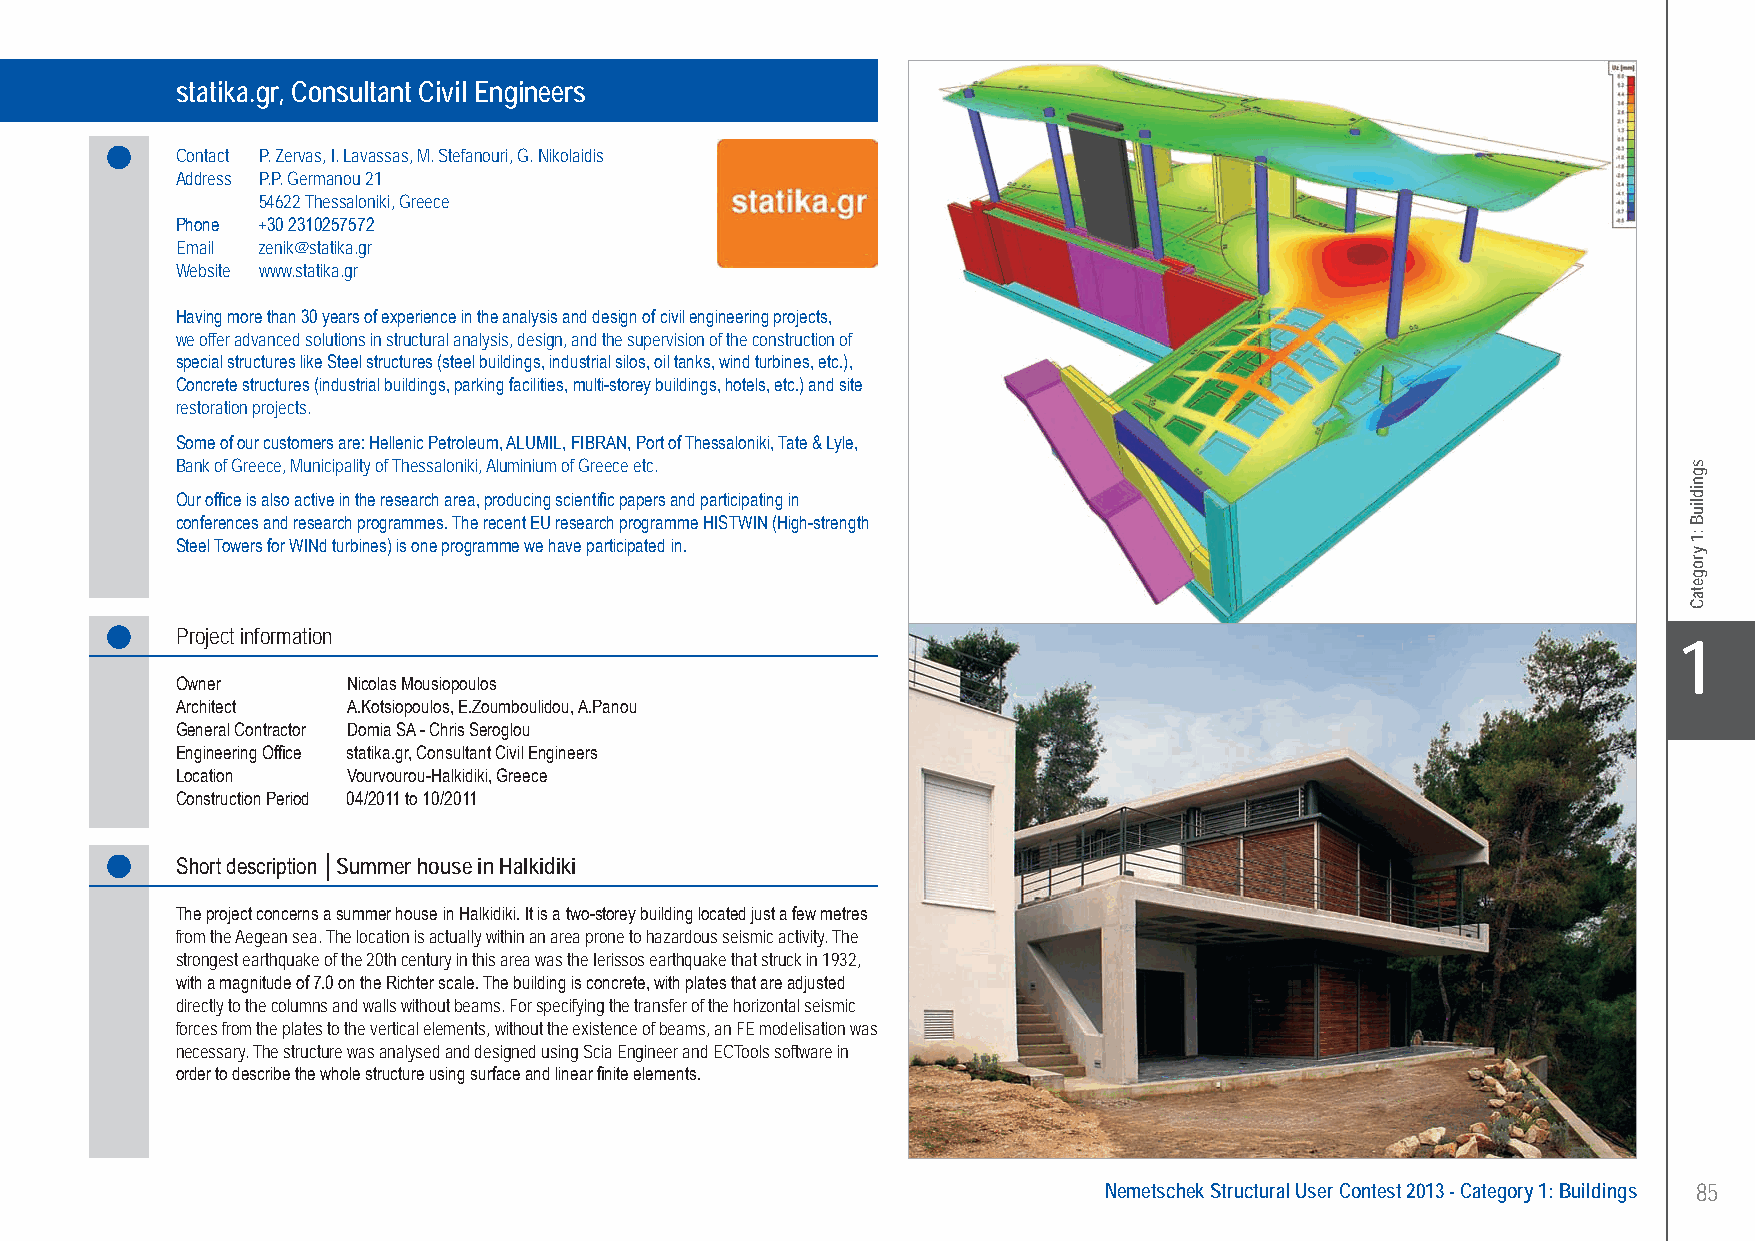
statika.gr, Consultant Civil Engineers Summer House - Vourvourou-Halkidiki, Greece
 statika.gr, Consultant Civil Engineers
 Contact P. Zervas, I. Lavassas, M. Stefanouri, G. Nikolaidis
 Address P.P. Germanou 21
 54622 Thessaloniki, Greece
 Phone +30 2310257572
 Email zenik@statika.gr
 Website www.statika.gr
 Having more than 30 years of experience in the analysis and design of civil engineering projects,
 we offer advanced solutions in structural analysis, design, and the supervision of the construction of
 special structures like Steel structures (steel buildings, industrial silos, oil tanks, wind turbines, etc.),
 Concrete structures (industrial buildings, parking facilities, multi-storey buildings, hotels, etc.) and site
 restoration projects.
 Some of our customers are: Hellenic Petroleum, ALUMIL, FIBRAN, Port of Thessaloniki, Tate & Lyle,
 Bank of Greece, Municipality of Thessaloniki, Aluminium of Greece etc.
 Our office is also active in the research area, producing scientific papers and participating in
 conferences and research programmes. The recent EU research programme HISTWIN (High-strength
 Steel Towers for WINd turbines) is one programme we have participated in.
 Project information
 X1
 Owner      Nicolas Mousiopoulos
 Architect  A.Kotsiopoulos, E.Zoumboulidou, A.Panou
 General Contractor Domia SA - Chris Seroglou
 Engineering Office statika.gr, Consultant Civil Engineers
 Location   Vourvourou-Halkidiki, Greece
 Construction Period 04/2011 to 10/2011
 Short description │Summer house in Halkidiki
 The project concerns a summer house in Halkidiki. It is a two-storey building located just a few metres
 from the Aegean sea. The location is actually within an area prone to hazardous seismic activity. The
 strongest earthquake of the 20th century in this area was the Ierissos earthquake that struck in 1932,
 with a magnitude of 7.0 on the Richter scale. The building is concrete, with plates that are adjusted
 directly to the columns and walls without beams. For specifying the transfer of the horizontal seismic
 forces from the plates to the vertical elements, without the existence of beams, an FE modelisation was
 necessary. The structure was analysed and designed using Scia Engineer and ECTools software in
 order to describe the whole structure using surface and linear finite elements.
 Nemetschek Structural User Contest 2013 - Category 1: Buildings 85
 UC-2013-Book-V8.indd 85                                                                                   7/11/2013 12:22:09 PM
 sgnidliuB
 :1
 yrogetaC